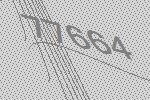
77664